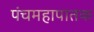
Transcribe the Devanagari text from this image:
पंचमहापातक